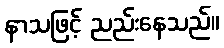
နာသဖြင့် ညည်းနေသည်။